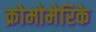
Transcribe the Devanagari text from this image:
क्रोमोमेरिके